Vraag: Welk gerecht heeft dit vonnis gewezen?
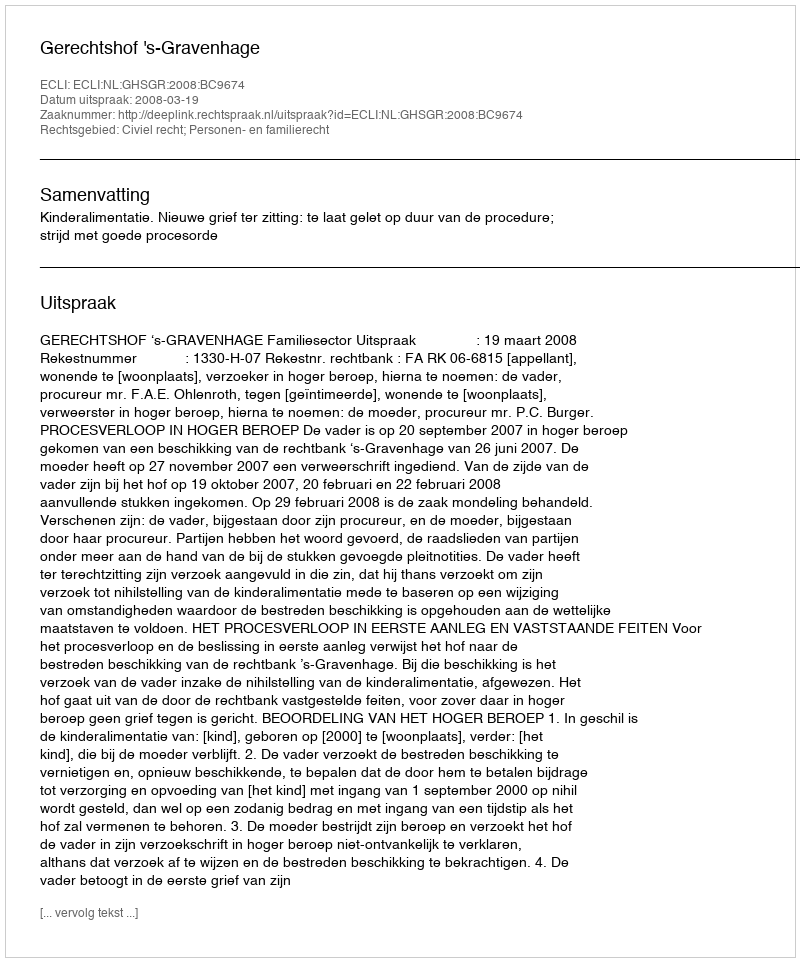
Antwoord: Gerechtshof 's-Gravenhage